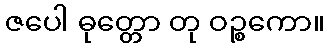
ဇပေါ ဓုတ္တော တု ဝဉ္စကော။